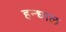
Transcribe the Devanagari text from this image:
हन्धाल